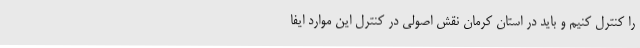
را کنترل کنیم و باید در استان کرمان نقش اصولی در کنترل این موارد ایفا